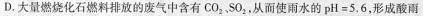
D.大量燃烧化石燃料排放的废气中含有CO_{2}，SO_{2}，从而使雨水的pH=5.6，形成酸雨